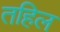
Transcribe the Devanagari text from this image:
तहिल